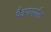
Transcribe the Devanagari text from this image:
पैठणपर्यंत